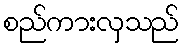
စည်ကားလှသည်